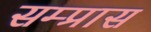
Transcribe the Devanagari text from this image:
सम्प्रास